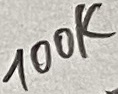
Text: 100K